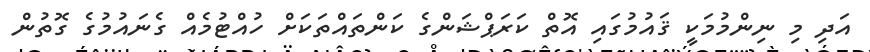
އަދި މި ނިންމުމަކީ ޤައުމުގައި އޮތް ކަރަޕްޝަންގެ ކަންތައްތަކަށް ހުއްޓުމެއް ގެނައުމުގެ ގޮތުން